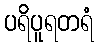
ပရိပူရတရံ